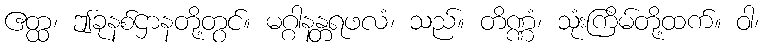
ဧတ္ထ၊ ဤခုနစ်ဌာနတို့တွင်။ မဂ္ဂါနန္တရဖလံ၊ သည်။ တိဏ္ဏံ၊ သုံးကြိမ်တို့ထက်။ ဝါ၊